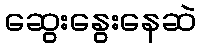
ဆွေးနွေးနေဆဲ